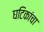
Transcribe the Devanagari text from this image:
घटिकांचा